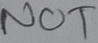
Text: NOT